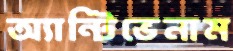
অ্যান্টিভেনাম